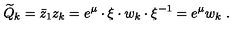
\widetilde Q _ { k } = { \bar { z } _ { 1 } } z _ { k } = e ^ { \mu } \cdot \xi \cdot w _ { k } \cdot \xi ^ { - 1 } = e ^ { \mu } w _ { k } \ .